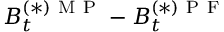
\boldsymbol { B } _ { t } ^ { ( * ) \mathrm { ~ M ~ P ~ } } - \boldsymbol { B } _ { t } ^ { ( * ) \mathrm { ~ P ~ F ~ } }